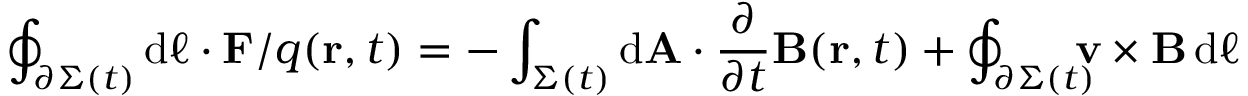
\oint _ { \partial \Sigma ( t ) } \mathrm { d } { \boldsymbol { \ell } } \cdot \mathbf { F } / q ( \mathbf { r } , t ) = - \int _ { \Sigma ( t ) } \mathrm { d } \mathbf { A } \cdot { \frac { \partial } { \partial t } } \mathbf { B } ( \mathbf { r } , t ) + \oint _ { \partial \Sigma ( t ) } \! \! \! \! \mathbf { v } \times \mathbf { B } \, \mathrm { d } { \boldsymbol { \ell } }